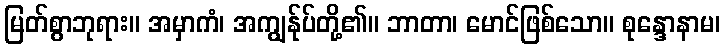
မြတ်စွာဘုရား။ အမှာကံ၊ အကျွန်ုပ်တို့၏။ ဘာတာ၊ မောင်ဖြစ်သော။ စုန္ဒောနာမ၊